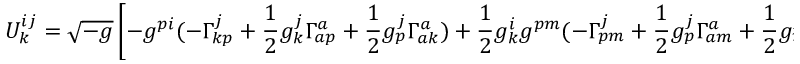
U _ { k } ^ { i j } = \sqrt { - g } \left[ - g ^ { p i } ( - \Gamma _ { k p } ^ { j } + \frac { 1 } { 2 } g _ { k } ^ { j } \Gamma _ { a p } ^ { a } + \frac { 1 } { 2 } g _ { p } ^ { j } \Gamma _ { a k } ^ { a } ) + \frac { 1 } { 2 } g _ { k } ^ { i } g ^ { p m } ( - \Gamma _ { p m } ^ { j } + \frac { 1 } { 2 } g _ { p } ^ { j } \Gamma _ { a m } ^ { a } + \frac { 1 } { 2 } g _ { m } ^ { j } \Gamma _ { a p } ^ { a } ) \right] ,